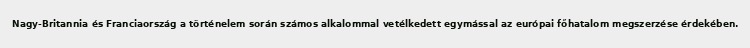
Nagy-Britannia és Franciaország a történelem során számos alkalommal vetélkedett egymással az európai főhatalom megszerzése érdekében.